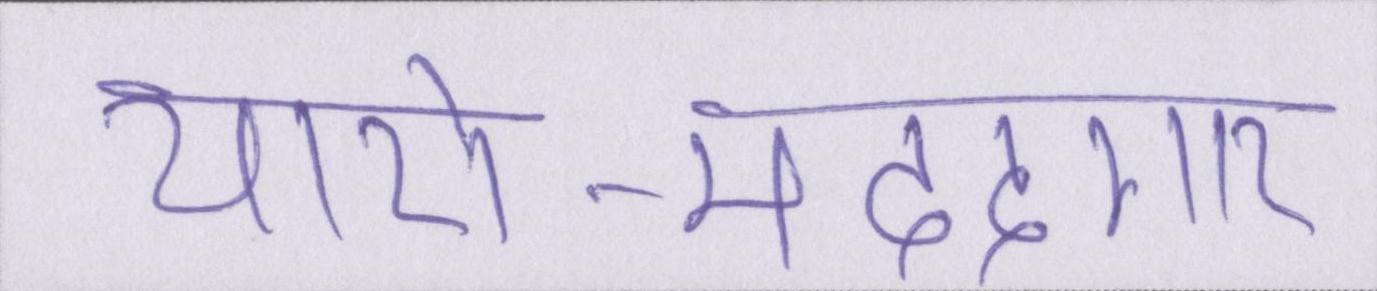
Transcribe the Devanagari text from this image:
यारो-मददगार